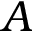
A